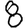
Digit: 8